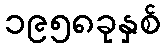
၁၉၅၈ခုနှစ်